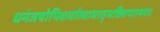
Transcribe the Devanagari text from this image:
धनंजयोपिधर्मात्मामातृभक्तिपरायणः